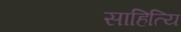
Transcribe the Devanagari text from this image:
साहित्यि